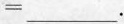
=___。